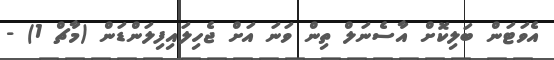
އެވަޓަން ބަލިކޮށް އާސެނަލް ތިން ވަނަ އަށް ޖެހިލައިފިލަންޑަން (މާޗް 1) -